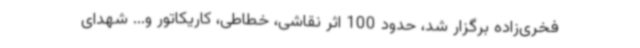
فخری‌زاده برگزار شد، حدود 100 اثر نقاشی، خطاطی، کاریکاتور و... شهدای